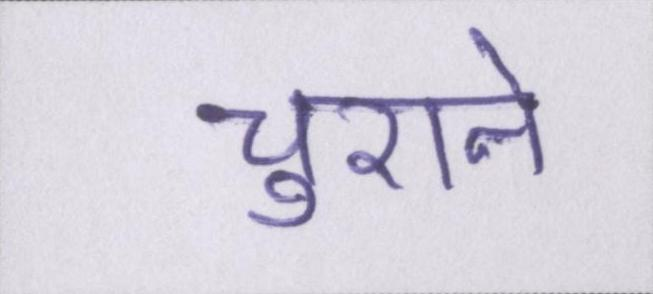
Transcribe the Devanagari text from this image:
चुराने